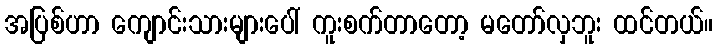
အပြစ်ဟာ ကျောင်းသားများပေါ် ကူးစက်တာတော့ မတော်လှဘူး ထင်တယ်။